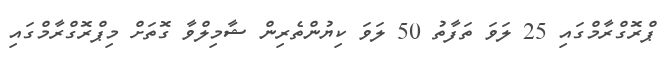
ޕްރޮގްރާމްގައި 25 ލަވަ ތަފާތު 50 ލަވަ ކިޔުންތެރިން ޝާމިލްވާ ގޮތަށް މިޕްރޮގްރާމްގައި